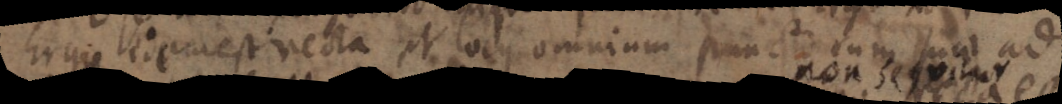
Ergo _ est recta et locus omnium punctorum sunt ad